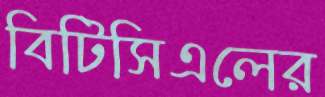
বিটিসিএলের